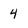
Character: 4